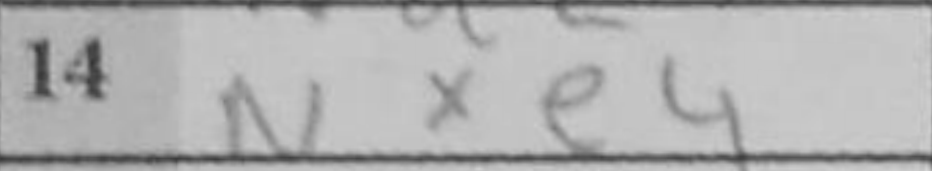
Transcription: Nxe4